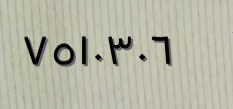
٧٥١٠٣٠٦